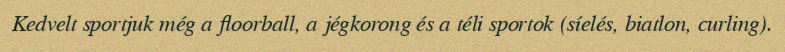
Kedvelt sportjuk még a floorball, a jégkorong és a téli sportok (síelés, biatlon, curling).